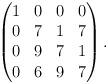
LaTeX: \begin{align*}\begin{pmatrix}1&0&0&0\\0&7&1&7\\0&9&7&1\\0&6&9&7\end{pmatrix}.\end{align*}